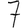
Digit: 7